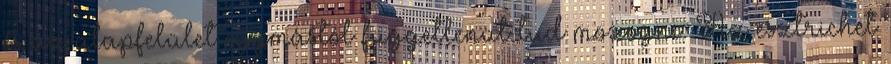
és az alapfelület egymástól függetlenül tud mozogni. Az esztrichet